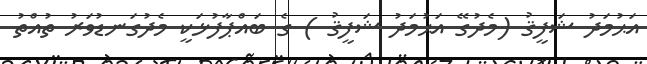
އަޙުމަދު ޝަފީޤު (މެދުގޭ އަޙުމަދު ޝަފީޤު ) ގެ ބައްޕާފުޅަކީ މެދުގަނޑުވަރު ތުއްތު